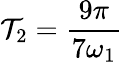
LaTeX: \mathcal{T}_{2}=\frac{{9\pi}}{{7\omega_{1}}}